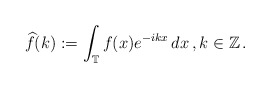
\begin{align*}\widehat{f}(k):=\int_{\mathbb T}f(x)e^{-ikx}\,dx\,,k\in\mathbb Z\,.\end{align*}